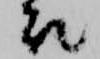
衣